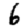
Digit: 6